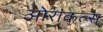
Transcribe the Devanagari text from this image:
ओराकल्स